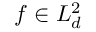
f \in L _ { d } ^ { 2 }